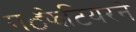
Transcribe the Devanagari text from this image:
गॕझेटियरने